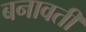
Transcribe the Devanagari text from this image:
बनावती